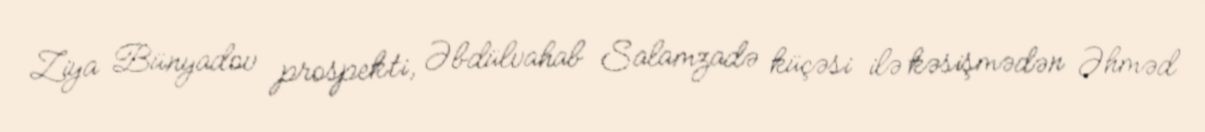
Ziya Bünyadov prospekti, Əbdülvahab Salamzadə küçəsi ilə kəsişmədən Əhməd